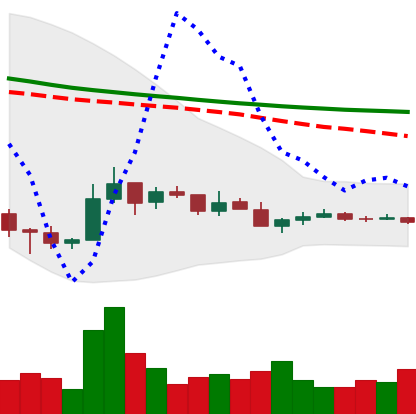
Ticker: TRX-USD
Chart end date: 2018-12-13
Forward return: 13.578%
Label: up_7plus